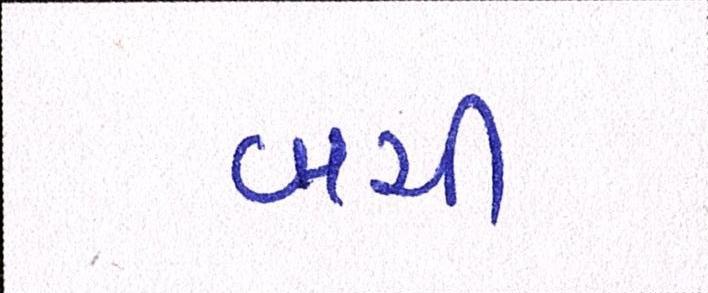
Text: બચી